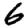
Digit: 6